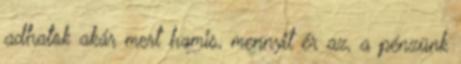
adhatok akár mert hamis, mennyit ér az, a pénzünk